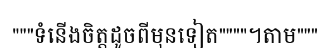
"""ទំនើងចិត្តដូចពីមុនទៀត""""។តាម"""